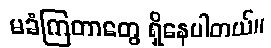
မခံကြတာတွေ ရှိနေပါတယ်။